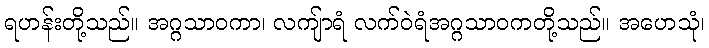
ရဟန်းတို့သည်။ အဂ္ဂသာဝကာ၊ လကျ်ာရံ လက်ဝဲရံအဂ္ဂသာဝကတို့သည်။ အဟေသုံ၊